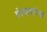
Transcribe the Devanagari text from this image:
वेदऋचांच्या